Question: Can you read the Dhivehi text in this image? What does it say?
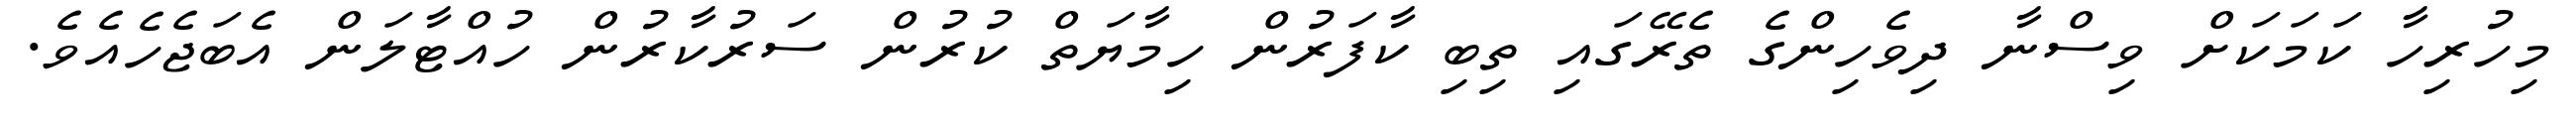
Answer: މިހުރިހާ ކަމަކަށް ވިސްނާ ދިވެހިންގެ ތެރޭގައި ތިބި ކާފަރުން ހިމާޔަތް ކުރުން ސަރުކާރުން ހުއްޓާލަން އެބަޖެހެއެވެ.